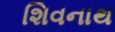
શિવનાથ